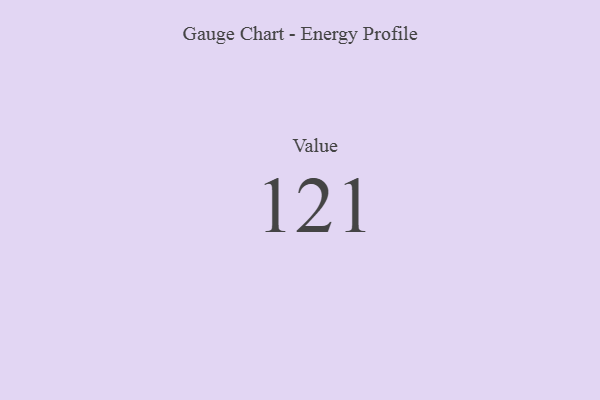
{"axis": {"x": "Metric", "y": "Value"}, "legend": [""], "data": [{"x": "Value", "y": 121, "type": ""}]}